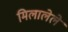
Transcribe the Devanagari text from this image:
मिलालेले